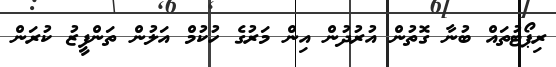
ރިޕޯޓުތައް ބުނާ ގޮތުން އުރުދުން އިން މަރުގެ ހުކުމް އަލުން ތަންފީޒު ކުރަން